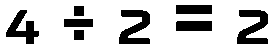
4 ÷ 2 = 2